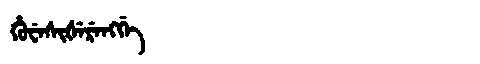
Manchu: ᡥᡠᠸᡝᠰᡳᡧᡝᡵᡝᠩᡤᡝ
Romanization: HUWESIŠERENGGE